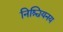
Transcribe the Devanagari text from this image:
निश्चियनय